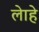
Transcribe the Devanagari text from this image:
लेाहे